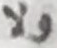
ولا